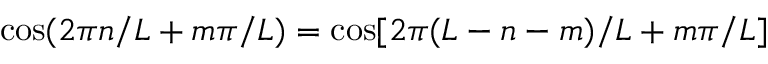
\cos ( 2 \pi n / L + m \pi / L ) = \cos [ 2 \pi ( L - n - m ) / L + m \pi / L ]